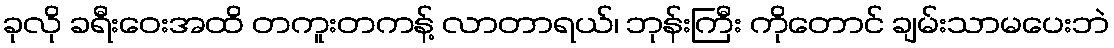
ခုလို ခရီးဝေးအထိ တကူးတကန့် လာတာရယ်၊ ဘုန်းကြီး ကိုတောင် ချမ်းသာမပေးဘဲ